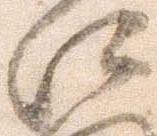
江